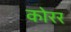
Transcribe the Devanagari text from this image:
कोरर